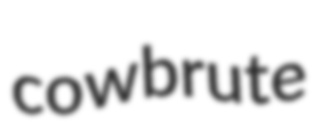
cowbrute